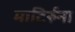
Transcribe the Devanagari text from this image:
माटिर्रुना